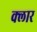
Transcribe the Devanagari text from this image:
क्लार